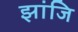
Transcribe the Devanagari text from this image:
झांजि